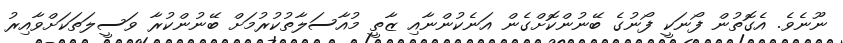
ނޫނެވެ. އެގޮތުން ފޯނަކީ ފޯނުގެ ބޭނުންކޮށްގެން އަނެކުންނާއި ޒާތީ މުއާސަލާތުކުރުމަށް ބޭނުންކުރާ ވަސީލަތަކަށްވާއިރު